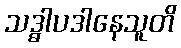
သဒ္ဓါပဒါနေသူတိ